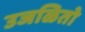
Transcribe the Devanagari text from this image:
उजळितो